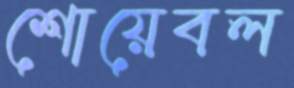
শোয়েবল